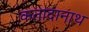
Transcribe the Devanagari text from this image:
कतादानाथ